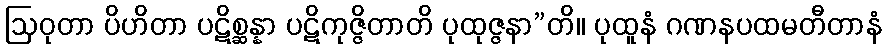
ဩဝုတာ ပိဟိတာ ပဋိစ္ဆန္နာ ပဋိကုဇ္ဇိတာတိ ပုထုဇ္ဇနာ”တိ။ ပုထူနံ ဂဏနပထမတီတာနံ